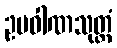
ဥပဝါဏသုတ္တံ